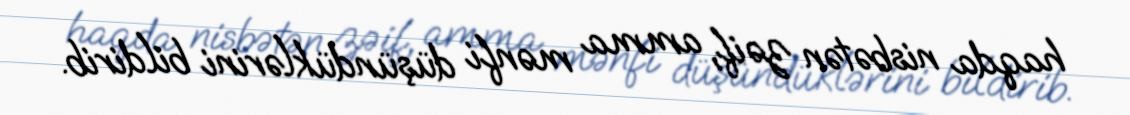
haqda nisbətən zəif, amma mənfi düşündüklərini bildirib.